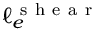
\ell _ { e } ^ { \mathrm { ~ s ~ h ~ e ~ a ~ r ~ } }